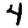
Digit: 4